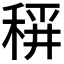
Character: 𱶍